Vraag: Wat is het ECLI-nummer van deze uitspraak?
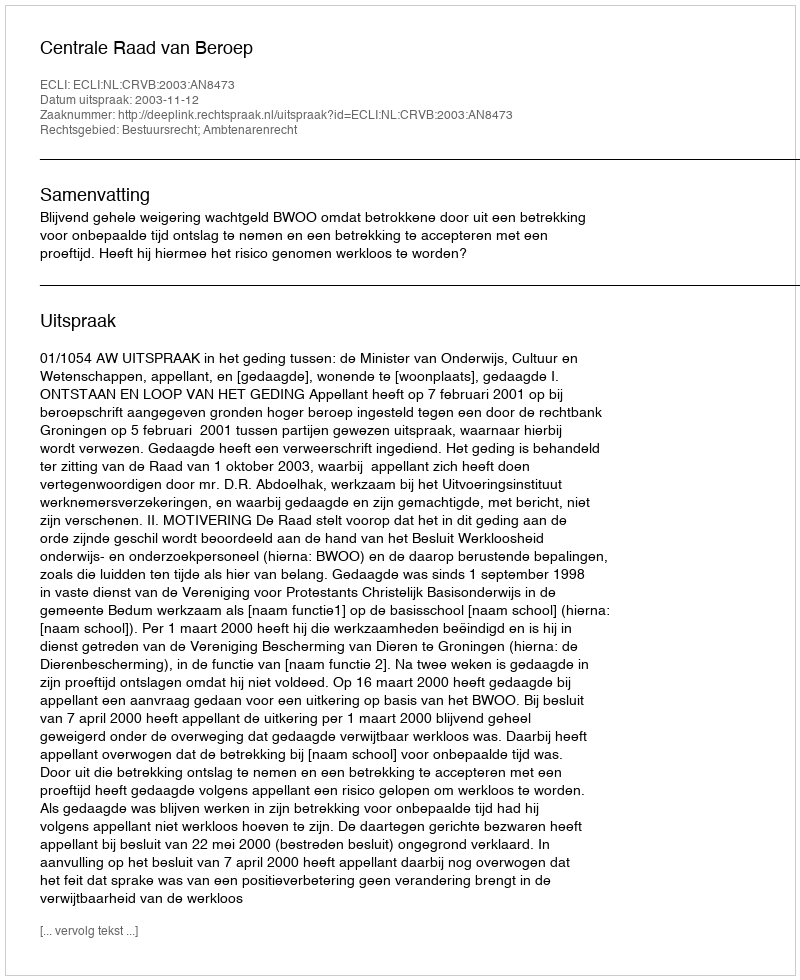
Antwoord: ECLI:NL:CRVB:2003:AN8473